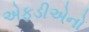
એફડીએનો